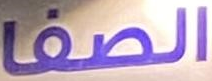
الصفا